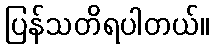
ပြန်သတိရပါတယ်။